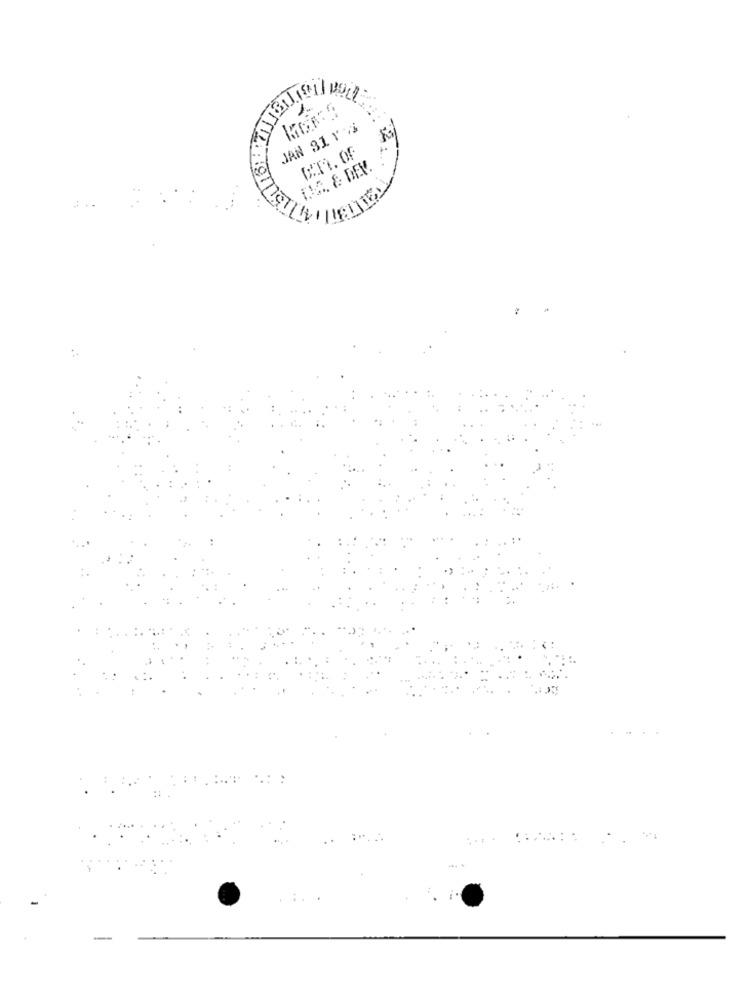
JAN 31 1 /j
CIT. OF
TIS. & DEV